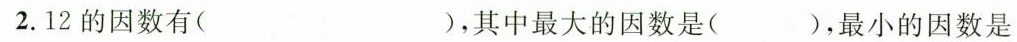
2.12的因数有()，其中最大的因数是()，最小的因数是